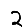
Digit: 2